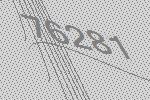
76281